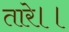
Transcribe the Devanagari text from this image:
तारे।।